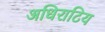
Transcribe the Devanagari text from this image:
अधिराटिय